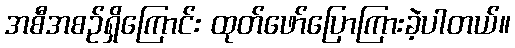
အစီအစဉ်ရှိကြောင်း ထုတ်ဖော်ပြောကြားခဲ့ပါတယ်။